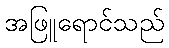
အဖြူရောင်သည်